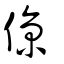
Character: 倞